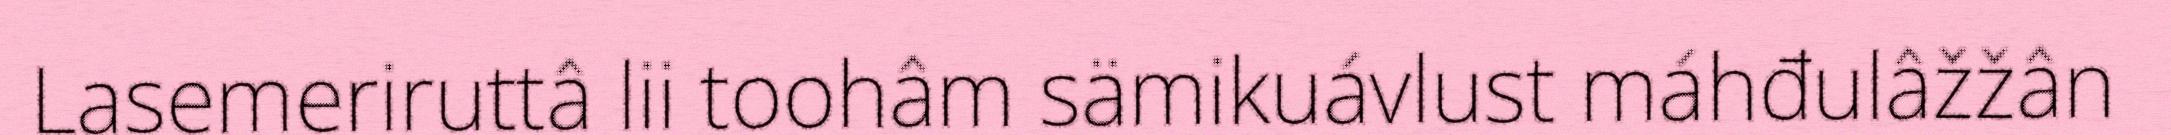
Lasemeriruttâ lii toohâm sämikuávlust máhđulâžžân